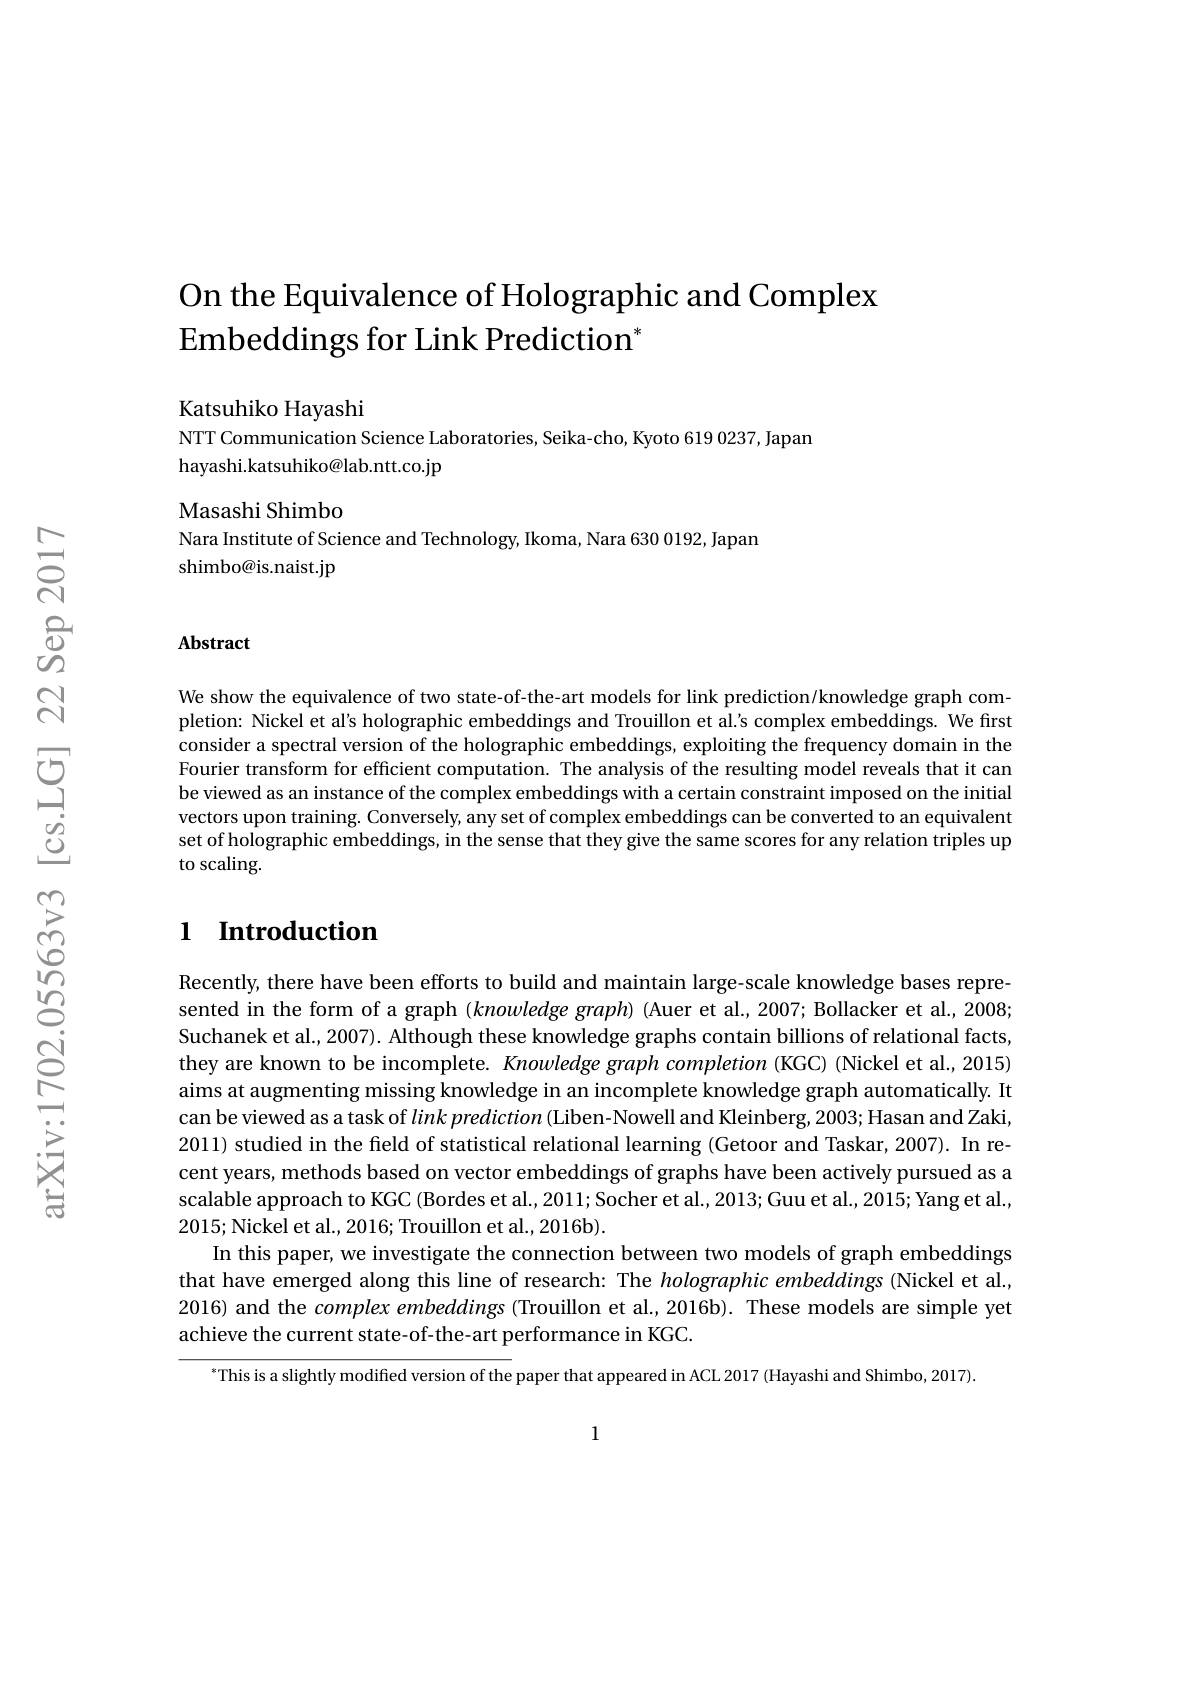
# On the Equivalence of Holographic and Complex $\operatorname{Embeddings}$ for Link Prediction$^*$

Katsuhiko Hayashi

NTT Communication Science Laboratories, Seika-cho, Kyoto 619 0237, Japan
hayashi.katsuhiko@lab.ntt.co.jp

Masashi Shimbo
Nara Institute of Science and Technology, Ikoma, Nara 630 0192, Japan
shimbo@is.naist.jp

### Abstract

We show the equivalence of two state-of-the-art models for link prediction/knowledge graph completion: Nickel et al's holographic embeddings and Trouillon et al.'s complex embeddings. We first consider a spectral version of the holographic embeddings, exploiting the frequency domain in the Fourier transform for effcient computation. The analysis of the resulting model reveals that it can be viewed as an instance of the complex embeddings with a certain constraint imposed on the initial vectors upon training. Conversely, any set of complex embeddings can be converted to an equivalent set of holographic embeddings, in the sense that they give the same scores for any relation triples up to scaling.

## $\textbf{l}$ $\textbf{Introduction}$

Recently, there have been efforts to build and maintain large-scale knowledge bases represented in the form of a graph $( k\textit{nowledge graph})$ (Auer et al., 2007; Bollacker et al., 2008; Suchanek et al., 2007). Although these knowledge graphs contain billions of relational facts, they are known to be incomplete. Knowledge graph completion (KGC) (Nickel et al., 2015) aims at augmenting missing knowledge in an incomplete knowledge graph automatically. It can be viewed as a task of $link\textit{prediction ( Liben- Nowell and Kleinberg, 2003; Hasan and Zaki, }$ 2011) studied in the field of statistical relational learning (Getoor and Taskar, 2007). In recent years, methods based on vector embeddings of graphs have been actively pursued as a scalable approach to KGC (Bordes et al., 2011; Socher et al., 2013; Guu et al., 2015; Yang et al., 2015;Nickel et al., 2016; Trouillon et al., 2016b)
In this paper, we investigate the connection between two models of graph embeddings that have emerged along this line of research: The $holographic\textit{ embeddings ( Nickel et al. , }$ 2016) and the complexembeddings (Trouillon et al., 2016b). These models are simple yet achieve the current state-of-the-art performance in KGC.

$^*$This is a slightly modified version of the paper that appeared in ACL 2017 (Hayashi and Shimbo, 2017).

1